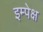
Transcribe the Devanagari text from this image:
इम्पेक्ष